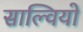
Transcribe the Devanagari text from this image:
साल्वियो